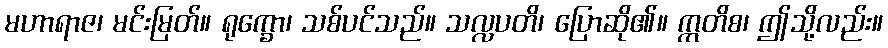
မဟာရာဇ၊ မင်းမြတ်။ ရုက္ခော၊ သစ်ပင်သည်။ သလ္လပတိ၊ ပြောဆို၏။ ဣတိစ၊ ဤသို့လည်း။